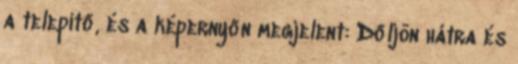
a telepítő, és a képernyőn megjelent: Dőljön hátra és